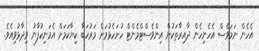
އެހެން ނަމަވެސް އެހެނިހެން ދާއިރާތަކުން އިންވެސްޓްމެންޓް ހުށަހެޅުމަށް މަރުހަބާ ކިޔާކަމަށް އެމަނިކުފާނު ވިދާޅުވިއެވެ.